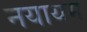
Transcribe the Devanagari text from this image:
नयायम